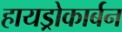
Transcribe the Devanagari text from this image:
हायड्रोकार्बन